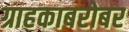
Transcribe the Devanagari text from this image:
ग्राहकाबरोबर